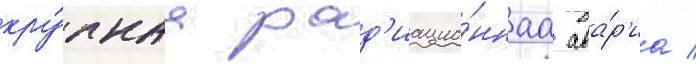
кру́пнаа рад'иацио́ннаа ава́р'иа /